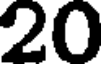
20